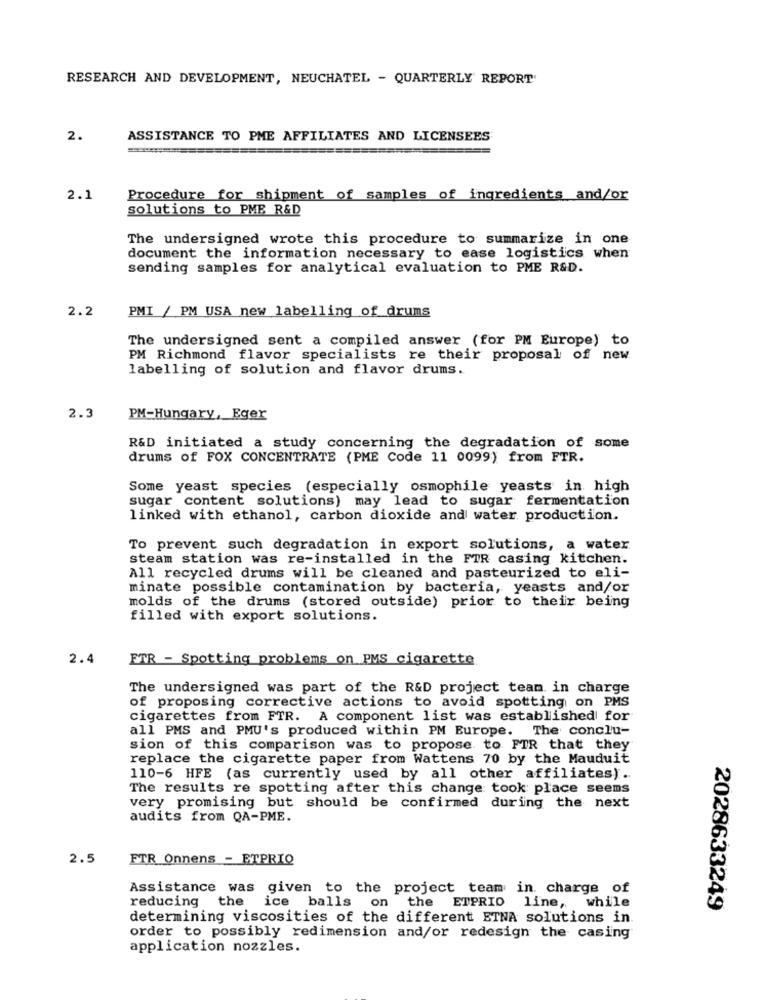
RESEARCH AND DEVELOPMENT, NEUCHATEL - QUARTERLY REPORT'
2.
ASSISTANCE TO PME AFFILIATES AND LICENSEES
2.1
Procedure for shipment of samples of ingredients and/or
solutions to PME R&D
The undersigned wrote this procedure to summarize in one
document the information necessary to ease logistics when
sending samples for analytical evaluation to PME R&D.
2.2
PMI / PM USA new labelling of drums
The undersigned sent a compiled answer (for PM Europe) to
PM Richmond flavor specialists re their proposal of new
labelling of solution and flavor drums.
2.3
PM-Hungary, Eger
R&D initiated a study concerning the degradation of some
drums of FOX CONCENTRATE (PME Code 11 0099) from FTR.
Some yeast species (especially osmophile yeasts in high
sugar content solutions) may lead to sugar fermentation
linked with ethanol, carbon dioxide and water production.
To prevent such degradation in export solutions, a water
steam station was re-installed in the FTR casing kitchen.
All recycled drums will be cleaned and pasteurized to eli-
minate possible contamination by bacteria, yeasts and/or
molds of the drums (stored outside) prior to their being
filled with export solutions.
2.4
FTR - Spotting problems on PMS cigarette
The undersigned was part of the R&D project team in charge
of proposing corrective actions to avoid spotting on PMS
cigarettes from FTR. A component list was established for
all PMS and PMU's produced within PM Europe. The conclu-
sion of this comparison was to propose to FTR that they
replace the cigarette paper from Wattens 70 by the Mauduit
110-6 HFE (as currently used by all other affiliates).
The results re spotting after this change took place seems
very promising but should be confirmed during the next
audits from QA-PME.
2.5
FTR Onnens - ETPRIQ
Assistance was given to the project team in. charge of
reducing
the
ice balls on
the ETPRIO line, while
2028633249
determining viscosities of the different ETNA solutions in
order to possibly redimension and/or redesign the casing
application nozzles.